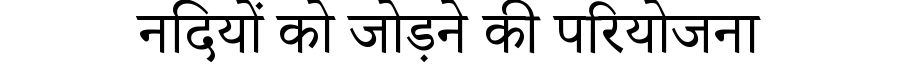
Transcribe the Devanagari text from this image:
नदियों को जोड़ने की परियोजना